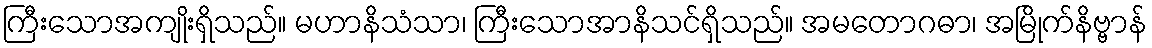
ကြီးသောအကျိုးရှိသည်။ မဟာနိသံသာ၊ ကြီးသောအာနိသင်ရှိသည်။ အမတောဂဓာ၊ အမြိုက်နိဗ္ဗာန်